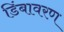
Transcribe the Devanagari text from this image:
डिंबावरण